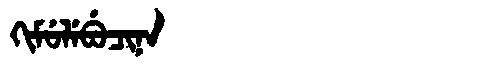
Manchu: ᡴᡳᠮᡠᠯᡝᠪᡠᠴᡳᠨᠠ
Romanization: KIMULEBUCINA